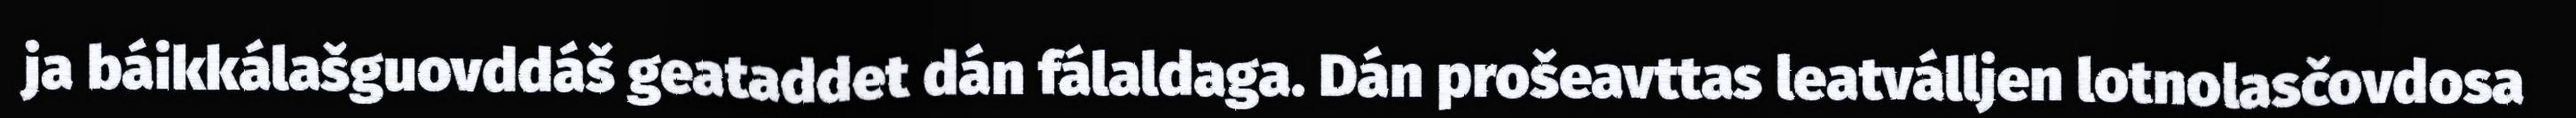
ja báikkálašguovddáš geataddet dán fálaldaga. Dán prošeavttas leatválljen lotnolasčovdosa